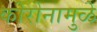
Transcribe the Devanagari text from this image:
कोरोनामुळे